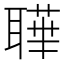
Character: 𦗉